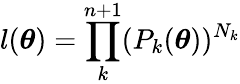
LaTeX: l(\boldsymbol{\theta})=\prod_{k}^{n+1}(P_{k}(\boldsymbol{\theta}))^{N_{k}}